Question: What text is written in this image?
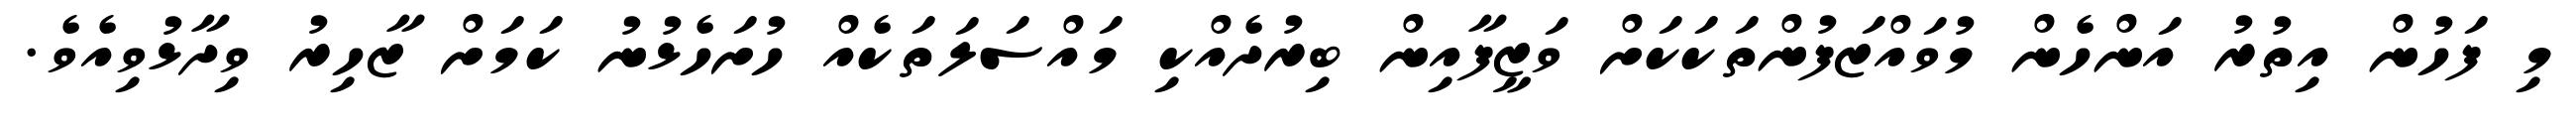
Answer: މި ފަހުން އިތުރު އަންހެން މުވައްޒަފުންތަކަކަށް ވަޒީފާއިން ބިރުދެއްކި މައްސަލަތަކެއް ހުށަހެޅުނު ކަމަށް ޒާހިރު ވިދާޅުވިއެވެ.